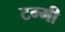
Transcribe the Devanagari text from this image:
टम्मी